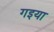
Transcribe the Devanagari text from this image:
गइया